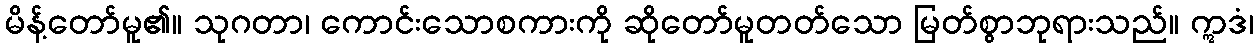
မိန့်တော်မူ၏။ သုဂတာ၊ ကောင်းသောစကားကို ဆိုတော်မူတတ်သော မြတ်စွာဘုရားသည်။ ဣဒံ၊